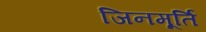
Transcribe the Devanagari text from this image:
जिनमूर्ति